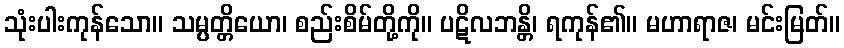
သုံးပါးကုန်သော။ သမ္ပတ္တိယော၊ စည်းစိမ်တို့ကို။ ပဋိလဘန္တိ၊ ရကုန်၏။ မဟာရာဇ၊ မင်းမြတ်။